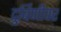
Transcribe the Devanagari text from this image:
दुर्बिणीवर